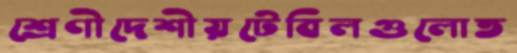
শ্রেণীদেশীয়টেবিলগুলোত